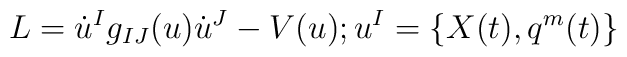
L=\dot{u}^{I}g_{IJ}(u)\dot{u}^{J}-V(u);u^{I}=\{ X(t),q^{m}(t)\}